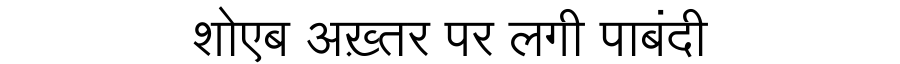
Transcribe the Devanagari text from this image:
शोएब अख़्तर पर लगी पाबंदी